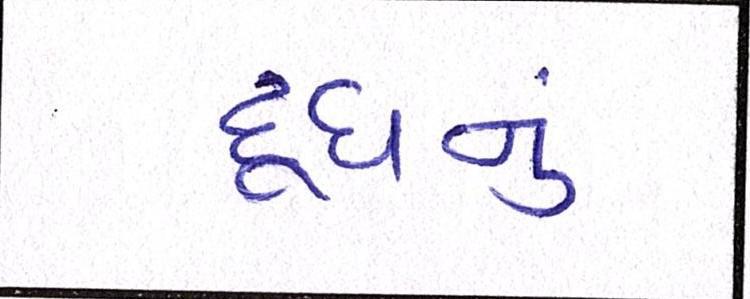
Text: દૂધનું